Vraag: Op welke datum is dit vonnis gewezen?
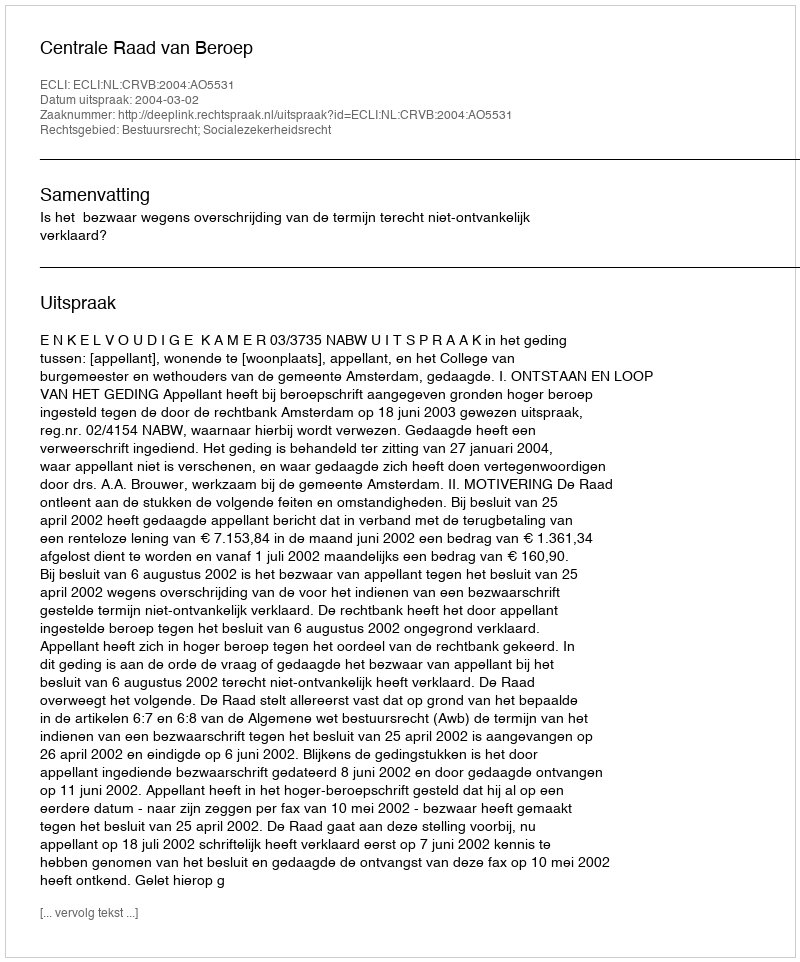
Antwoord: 2004-03-02